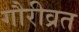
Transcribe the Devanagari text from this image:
गौरीव्रत